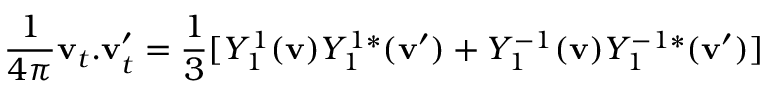
{ \frac { 1 } { 4 \pi } } { \mathbf { v } _ { t } . \mathbf { v } _ { t } ^ { \prime } } = { \frac { 1 } { 3 } } [ Y _ { 1 } ^ { 1 } ( { \mathbf { v } } ) Y _ { 1 } ^ { 1 * } ( { \mathbf { v } ^ { \prime } } ) + Y _ { 1 } ^ { - 1 } ( { \mathbf { v } } ) Y _ { 1 } ^ { - 1 * } ( { \mathbf { v } ^ { \prime } } ) ]